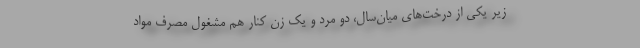
زیر یکی از درخت‌های میان‌سال، دو مرد و یک زن کنار هم مشغول مصرف مواد